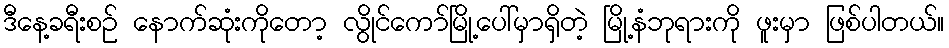
ဒီနေ့ခရီးစဉ် နောက်ဆုံးကိုတော့ လွိုင်ကော်မြို့ပေါ်မှာရှိတဲ့ မြို့နံဘုရားကို ဖူးမှာ ဖြစ်ပါတယ်။